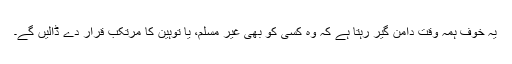
یہ خوف ہَمہ وقت دامن گیر رہتا ہے کہ وہ کسی کو بھی غیر مسلم، یا توہین کا مرتکب قرار دے ڈالیں گے۔